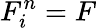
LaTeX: F_{i}^{n}=F